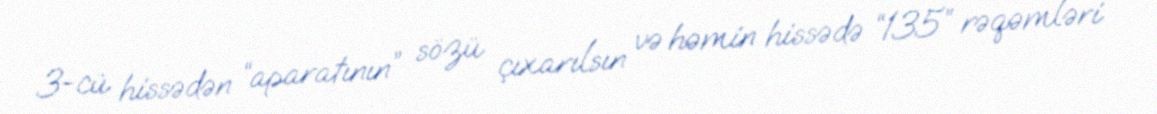
3-cü hissədən “aparatının” sözü çıxarılsın və həmin hissədə “135” rəqəmləri